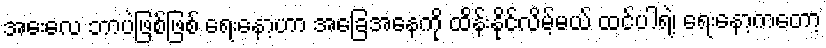
အေးလေ ဘာပဲဖြစ်ဖြစ် ရေးနော့ဟာ အခြေအနေကို ထိန်းနိုင်လိမ့်မယ် ထင်ပါရဲ့၊ ရေးနော့ကတော့